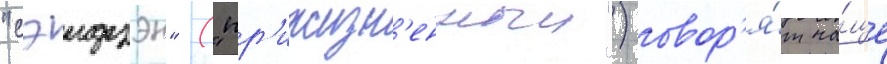
"сэидзэн" ("пр'ижизн'енныи") говор'я́т ча́ще